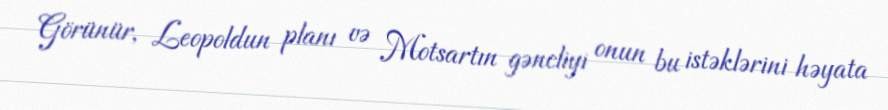
Görünür, Leopoldun planı və Motsartın gəncliyi onun bu istəklərini həyata